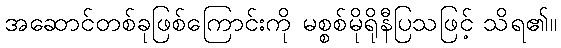
အဆောင်တစ်ခုဖြစ်ကြောင်းကို မစ္စစ်မိုရိုနီပြသဖြင့် သိရ၏။